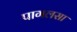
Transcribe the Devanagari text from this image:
पागलसा